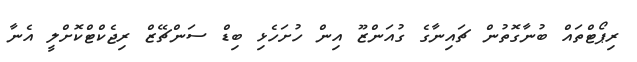
ރިޕޯޓްތައް ބުނާގޮތުން ޗައިނާގެ ގުއަންޒޫ އިން ހުށަހެޅި ބިޑް ސަންޗޭޒް ރިޖެކްޓްކޮށްލީ އެނާ